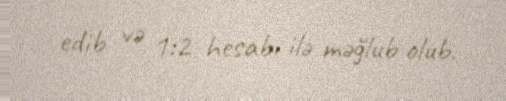
edib və 1:2 hesabı ilə məğlub olub.